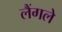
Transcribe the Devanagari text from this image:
लैंगले